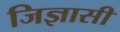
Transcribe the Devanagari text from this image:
जिज्ञासी